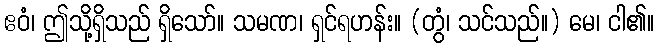
ဧဝံ၊ ဤသို့ရှိသည် ရှိသော်။ သမဏ၊ ရှင်ရဟန်း။ (တွံ၊ သင်သည်။) မေ၊ ငါ၏။